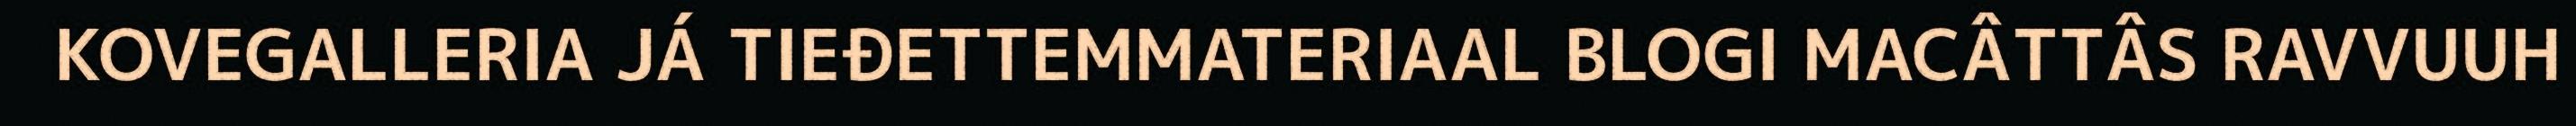
KOVEGALLERIA JÁ TIEĐETTEMMATERIAAL BLOGI MACÂTTÂS RAVVUUH